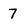
Character: 7